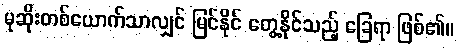
မုဆိုးတစ်ယောက်သာလျှင် မြင်နိုင် တွေ့နိုင်သည့် ခြေရာ ဖြစ်၏။